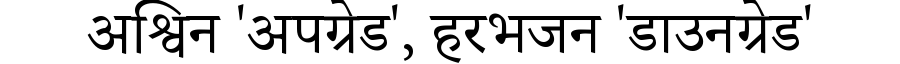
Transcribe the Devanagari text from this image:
अश्विन 'अपग्रेड', हरभजन 'डाउनग्रेड'